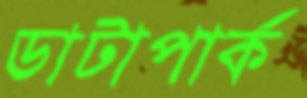
ডাটাপার্ক